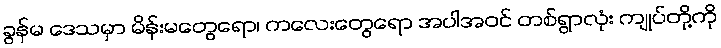
ခွန်မ ဒေသမှာ မိန်းမတွေရော၊ ကလေးတွေရော အပါအဝင် တစ်ရွာလုံး ကျုပ်တို့ကို